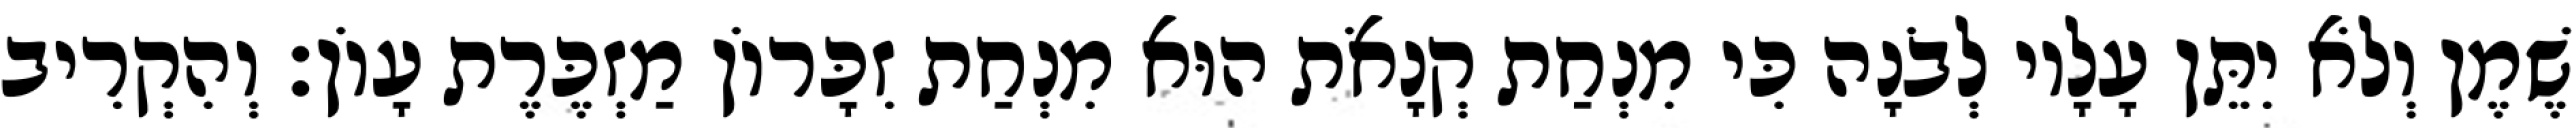
שֶׁמֶן וְלֹא יִתֵּן עָלָיו לְבֹנָה כִּי מִנְחַת קְנָאֹת הוּא מִנְחַת זִכָּרוֹן מַזְכֶּרֶת עָוֹן׃ וְהִקְרִיב